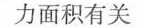
力面积有关